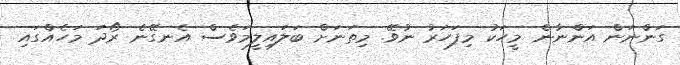
ގަންނަން އަންނާނެ މީހަކު މިފަހަރު ނުވޭ. މިތަނަށް ބަލައިލީމަވެސް އެނގޭނެ ރޯދަ މަހެއްގައި